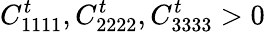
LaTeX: C_{1111}^{t},C_{2222}^{t},C_{3333}^{t}>0